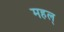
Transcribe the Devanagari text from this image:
महल्